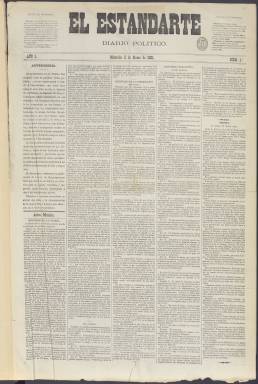
Título: El Estandarte (Madrid)
Colección: Periódicos
Ámbito geográfico: Madrid
Lugar de publicación: Madrid
Fechas: 02/03/1881-16/03/1899

Este periódico afín al partido conservador de Cánovas del Castillo hizo su aparición el 2 de marzo de 1881, solo unas semanas después de que Cánovas hubiera sido sustituido en la Presidencia del Consejo de Ministros por Sagasta, en la primera vez que ambos alternarían en la jefatura del Gobierno durante el periodo conocido por la Restauración monárquica.

  Era un diario claramente de partido en el que predominaba el ideario liberal conservador en sus artículos, pero en el que la información y las noticias de todo tipo tenían un papel destacado.

  El primer número se abre con una advertencia en la que se informa que los propietarios del periódico La Política, que se había editado durante 19 años, dejaban de hacerlo para sacar El Estandarte. El conde de Casa-Sedano, que era director del anterior, pasaba a dirigir el nuevo diario con la misma plantilla de redactores y más colaboradores.

  El Estandarte constaba de cuatro páginas con el contenido impreso en cinco apretadas columnas y apenas contenía ilustraciones. Una novedad destacable es que a partir de la década de 1890 incluía su número de teléfono para que lectores, suscriptores y anunciantes se pudieran comunicar con los responsables del periódico.

  En su contenido destaca la información gubernamental con los decretos del Gobierno y medidas de los diferentes ministerios, así como los debates parlamentarios de Las Cortes. Hay una sección en la que se recoge la información de otros periódicos, otra con los despachos telegráficos llegados de las principales capitales europeas, información teatral y un apartado de noticias generales o gacetilla en la que se incluyen acontecimientos de toda índole, incluso sucesos. El periódico usaba titulillos en negrita para separar las diferentes informaciones, lo que hace que sea una publicación de más fácil lectura que otras de la época.

  Como era de uso común en la prensa de entonces se publicaba también un folletín en el faldón de la primera página y la última estaba ocupada casi en su totalidad por los anuncios, la manera en que esta prensa de partido conseguía algunos recursos para su financiación.

  El Estandarte se ocupó ampliamente durante sus últimos años de la guerra de Cuba y finalmente del tratado de diciembre de 1898 por el que se reconocía la independencia de la isla y se cedía a Estados Unidos Filipinas, Puerto Rico y la isla de Guam. El último número que posee la BNE es el de 16 de marzo de 1899 y no parece que se editaran muchos más.

[Descripción publicada el 8/09/2023]